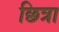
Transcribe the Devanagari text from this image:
छित्रा